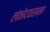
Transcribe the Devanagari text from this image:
लंकोदयासन्न